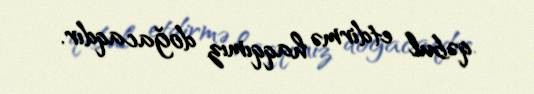
qəbul etdirmə haqqımız doğacaqdır.